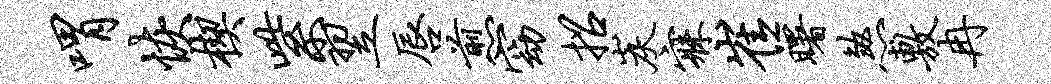
喟恢楔紫翌唇煎窈招炭寐崔曙煞敷冉